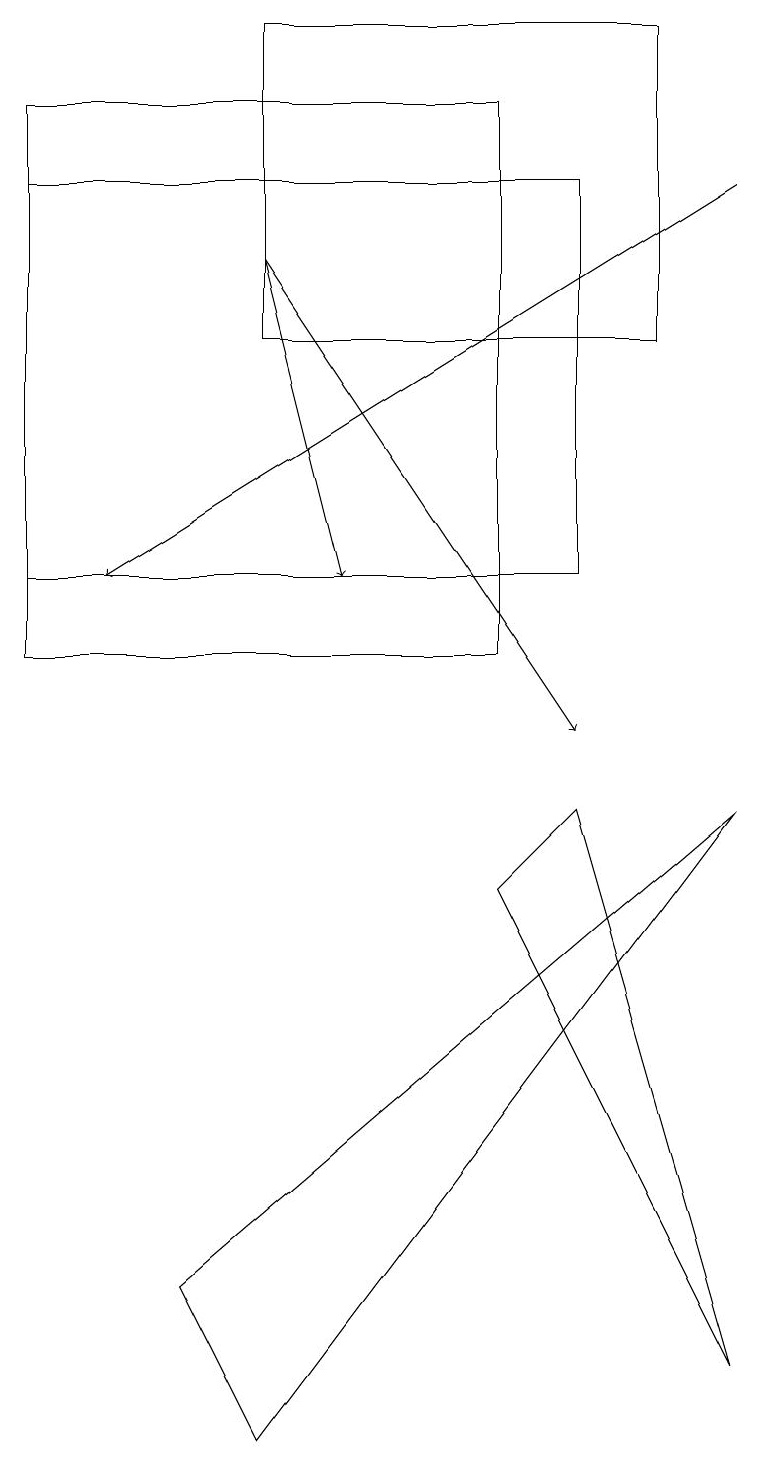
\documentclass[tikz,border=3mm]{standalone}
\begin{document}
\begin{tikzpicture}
\draw (0,11) rectangle (6,18);
\draw (3,15) rectangle (8,19);
\draw[->] (3,16) -- (4,12);
\draw (9,9) -- (3,1) -- (2,3) -- cycle;
\draw[->] (3,16) -- (7,10);
\draw (7,17) rectangle (0,12);
\draw (9,2) -- (7,9) -- (6,8) -- cycle;
\draw[->] (9,17) -- (1,12);
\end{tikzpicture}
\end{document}